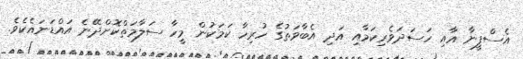
އެސްފީނާ އާއި ހަސަދަވެރިކަމާއި އަދި އެބާވަތުގެ ހުރިހާ ކަމަކުން މީހާ ސަލާމަތްކޮށްދޭނެ އައްޑަނައެކެވެ.